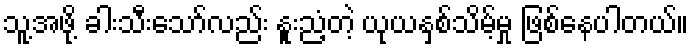
သူ့အဖို့ ခါးသီးသော်လည်း နူးညံ့တဲ့ ယုယနှစ်သိမ့်မှု ဖြစ်နေပါတယ်။